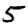
Digit: 5